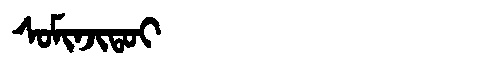
Manchu: ᠰᠣᠮᡳᠨᠵᡳᡨᠣᡳ
Romanization: SOMINJITOI